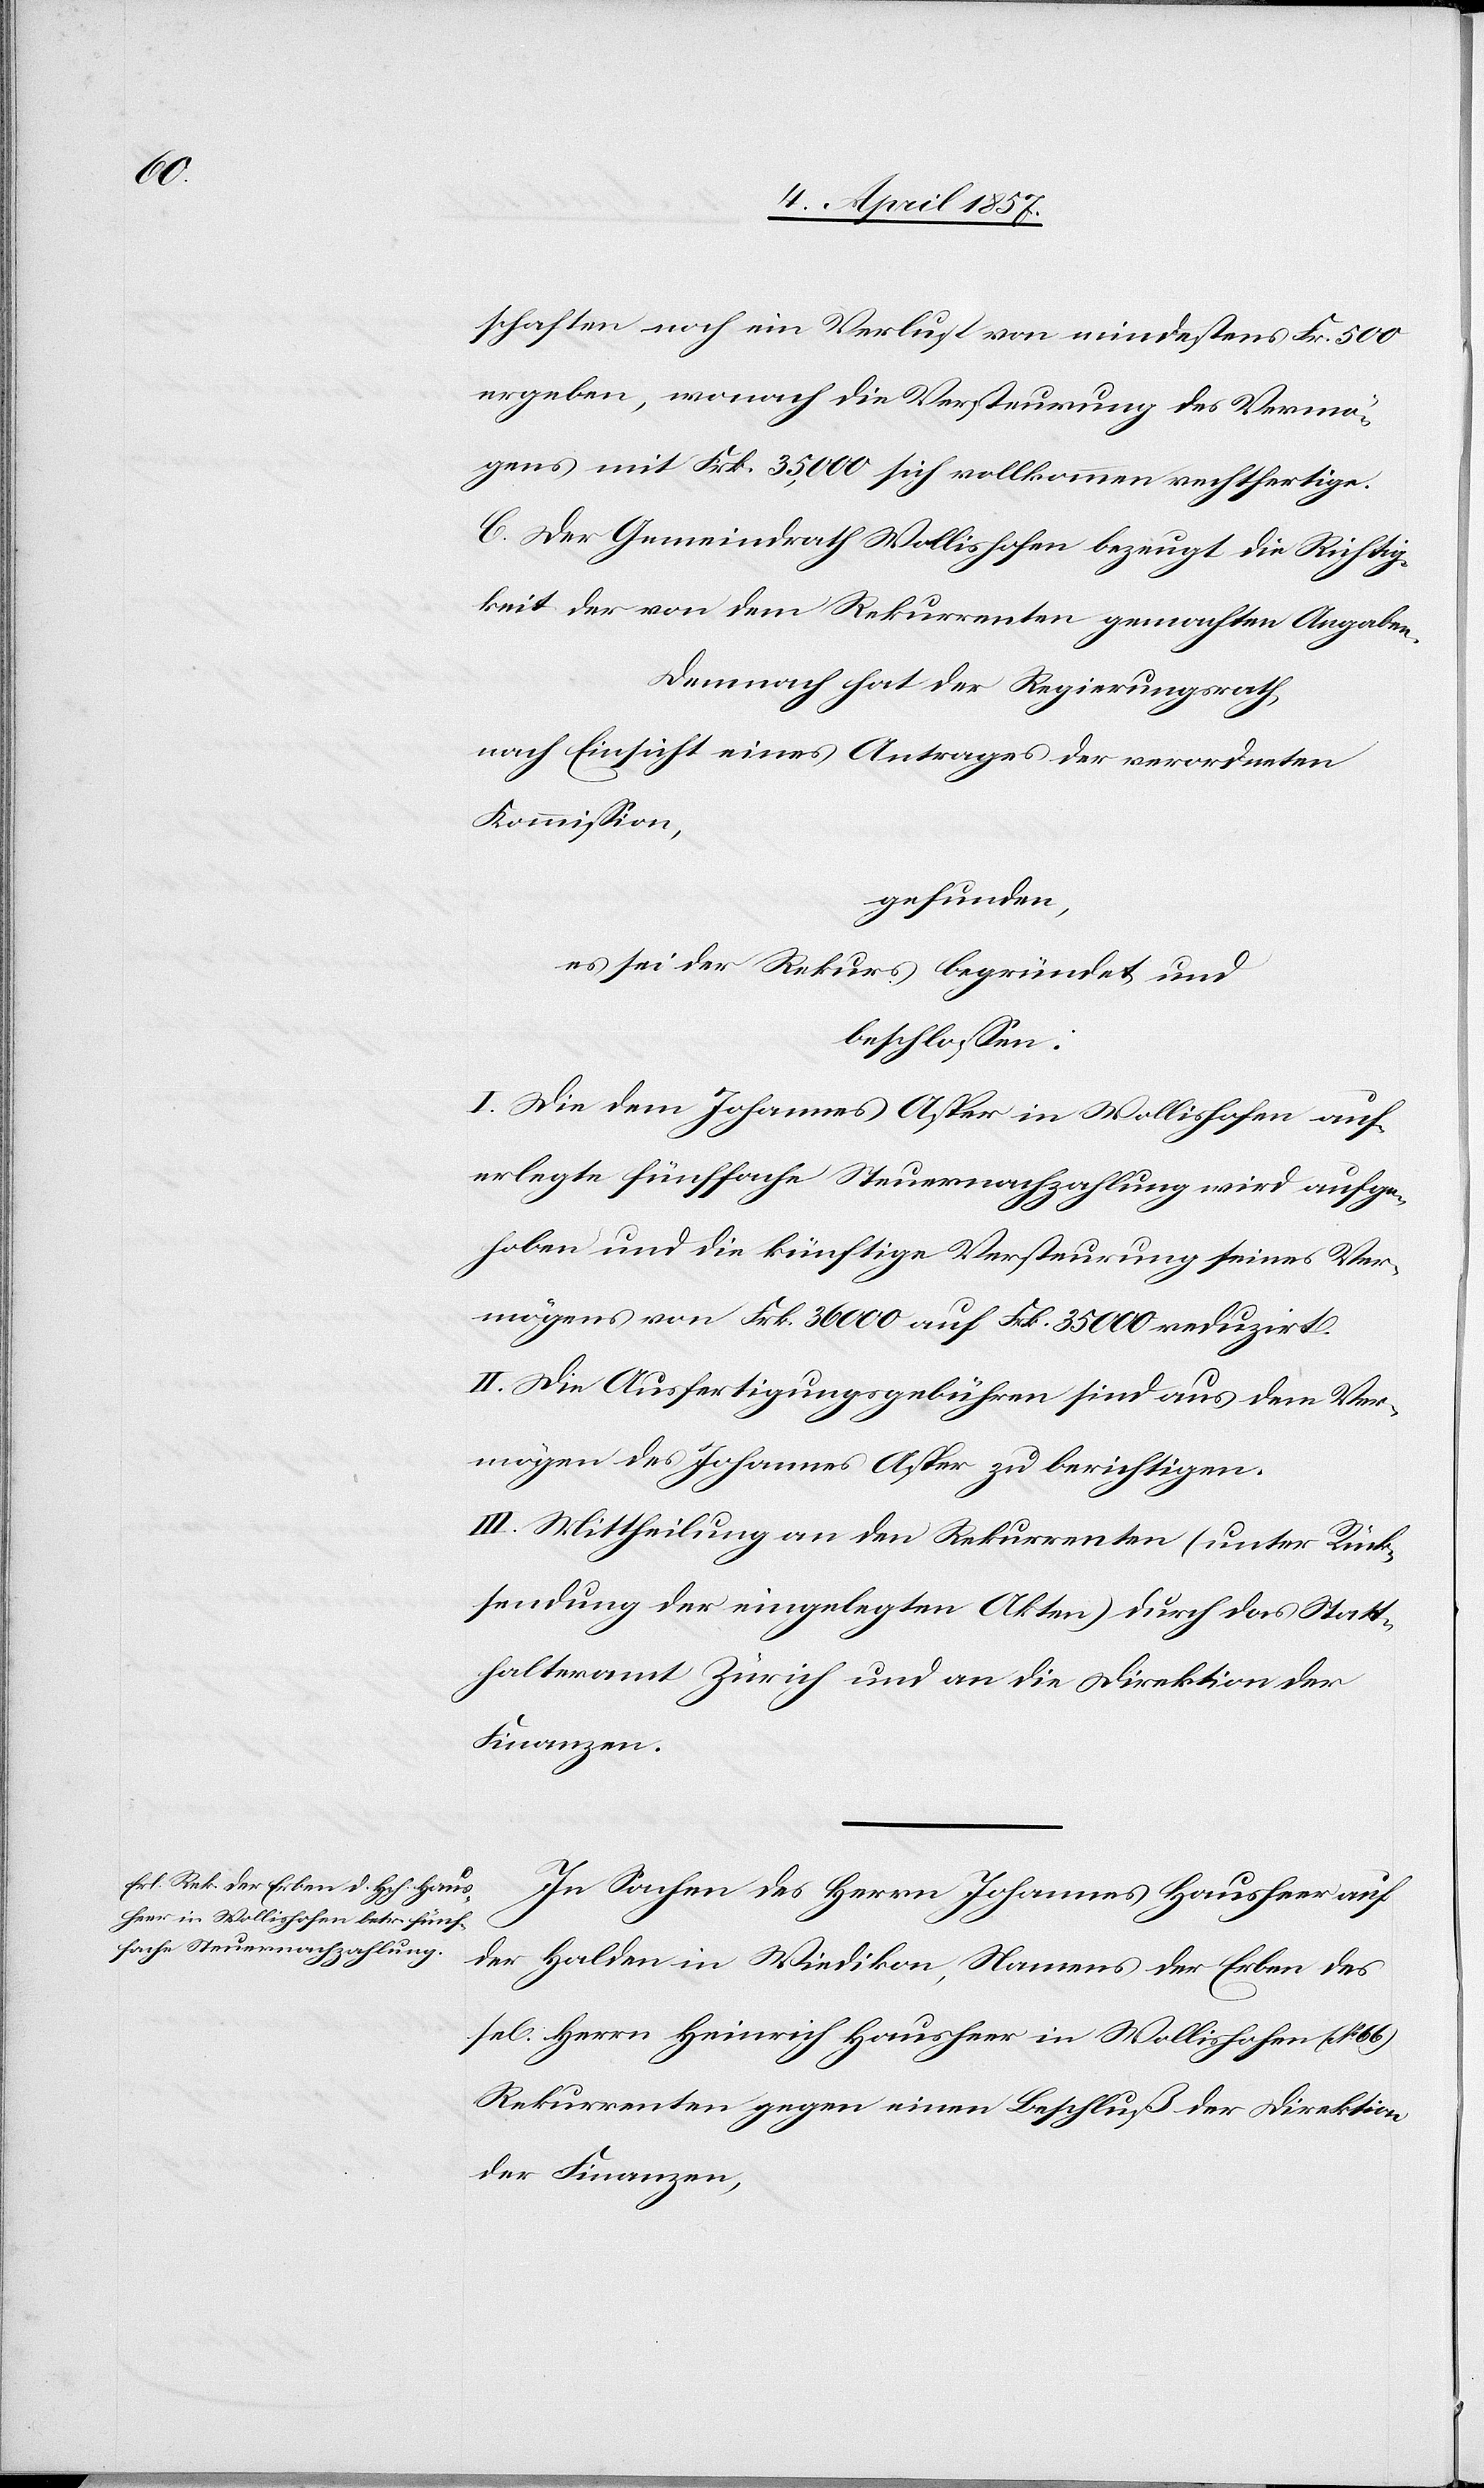
schaften noch ein Verlust von mindestens Fr. 500
ergeben, wonach die Versteurung des Vermö¬
gens mit Frk. 35,000 sich vollkommen rechtfertige.
C. Der Gemeindrath Wollishofen bezeugt die Richtig¬
keit der von dem Rekurrenten gemachten Angaben.
Demnach hat der Regierungsrath,
nach Einsicht eines Antrages der verordneten
Kommission,
gefunden,
es sei der Rekurs begründet und
beschlossen:
I. Die dem Johannes Asper in Wollishofen auf¬
erlegte fünffache Steuernachzahlung wird aufge¬
hoben und die künftige Versteurung seines Ver¬
mögens von Frk. 36 000 auf Frk. 35 000 reduzirt.
II. Die Ausfertigungsgebühren sind aus dem Ver¬
mögen des Johannes Asper zu berichtigen.
III. Mittheilung an den Rekurrenten (unter Rück¬
sendung der eingelegten Akten) durch das Statt¬
halteramt Zürich und an die Direktion der
Finanzen.
In Sachen des Herrn Johannes Hausheer auf
der Halden in Wiedikon, namens der Erben des
Herrn Heinrich Hausheer in Wollishofen (No 66)
Rekurrenten gegen einen Beschluß der Direktion
der Finanzen,